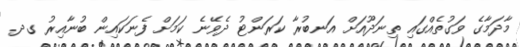
މާދަމާގެ ވަގުތެއްގައި ތިނަދޫއަށް އަނބުރާ ކަރަންޓު ދެވޭނެ ކަމަށް ފެނަކައިން ބުނާއިރު ގދ.